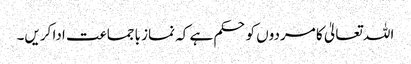
اللہ تعالیٰ کا مردوں کوحکم ہے کہ نماز باجماعت ادا کریں۔